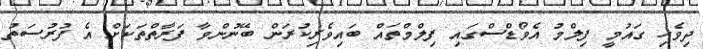
ދިވެހި ގައުމީ ފިލްމު އެވޯޑްސްގައި ފިލްމްތައް ބައިވެެރިކުރަން ބޭނުންވާ ފަރާތްތަކަށް އެ ފުރުސަތު